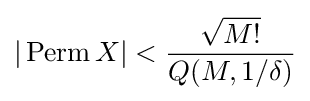
|\,{\text{Perm}}\,X|<{\frac {\sqrt {M!}}{Q(M,1/\delta )}}